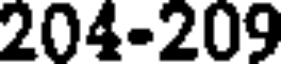
204-209